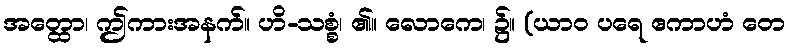
အတ္ထော၊ ဤကားအနက်။ ဟိ-သစ္စံ၊ ၏။ လောကေ၊ ၌။ (ယာဝ ပရေ ဧကာဟံ တေ